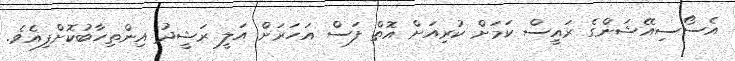
އެސޯސިއޭޝަންގެ ރައީސް ކަމަށް ކުރިއަށް އޮތް ފަސް އަހަރަށް އަލީ ރަޝީދު އިންތިހާބުކޮށްފިއެވެ.